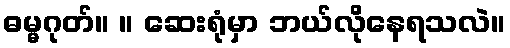
ဓမ္မဂုတ်။ ။ ဆေးရုံမှာ ဘယ်လိုနေရသလဲ။